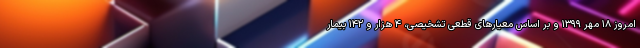
امروز ۱۸ مهر ۱۳۹۹ و بر اساس معیارهای قطعی تشخیصی، ۴ هزار و ۱۴۲ بیمار